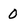
Character: 0